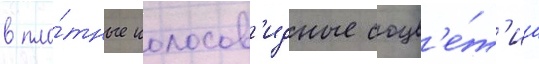
в пло́тные колосов'идные соцв'е́т'иа